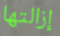
إزالتها